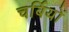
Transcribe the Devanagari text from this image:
चर्बियों